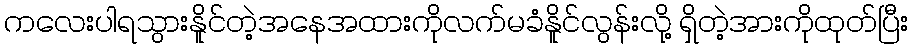
ကလေးပါရသွားနိူင်တဲ့အနေအထားကိုလက်မခံနိူင်လွန်းလို့ ရှိတဲ့အားကိုထုတ်ပြီး